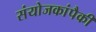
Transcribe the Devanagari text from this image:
संयोजकांपैकी